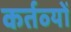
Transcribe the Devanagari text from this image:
कर्तव्‍यों